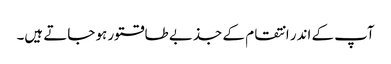
آپ کے اندر انتقام کے جذبے طاقتور ہو جاتے ہیں۔